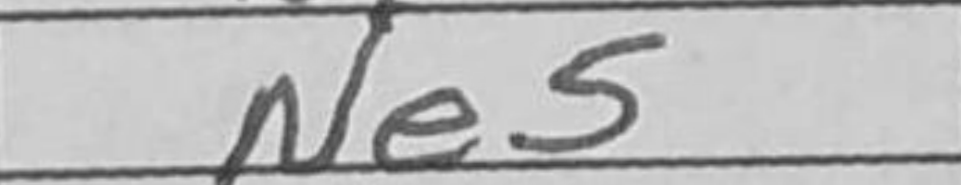
Transcription: Ne5